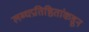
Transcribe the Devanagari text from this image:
लब्धप्रतिष्ठितांकडून